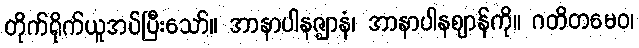
တိုက်ရိုက်ယူအပ်ပြီးသော်။ အာနာပါနဇ္ဈာနံ၊ အာနာပါနဈာန်ကို။ ဂတိတမေဝ၊